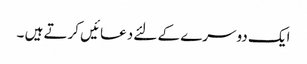
ایک دوسرے کے لئے دعائیں کرتے ہیں ۔